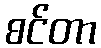
စင်တာ